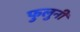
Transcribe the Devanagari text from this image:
फुलुनी